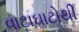
વાટાઘાટોથી